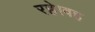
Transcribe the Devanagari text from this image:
रहे।वह